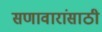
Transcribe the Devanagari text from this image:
सणावारांसाठी